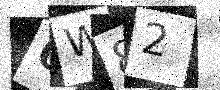
Text: 6W82